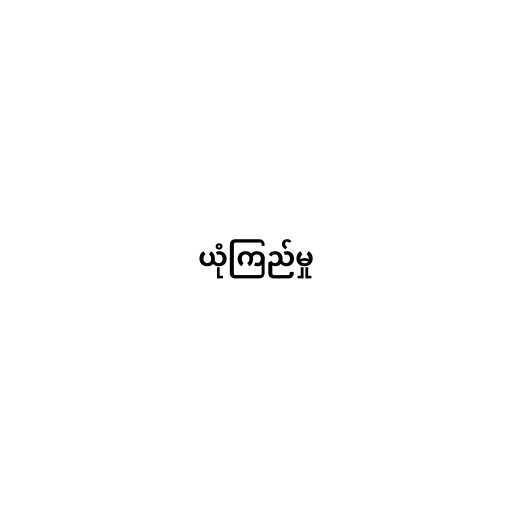
ယုံကြည်မှု